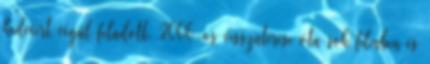
kedvéért végül feladott. 2006-os visszatérése óta sok filmben és